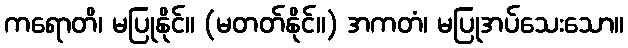
ကရောတိ၊ မပြုနိုင်။ (မတတ်နိုင်။) အကတံ၊ မပြုအပ်သေးသော။